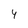
Character: 4